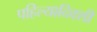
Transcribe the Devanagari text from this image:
पहिल्यादिवशी